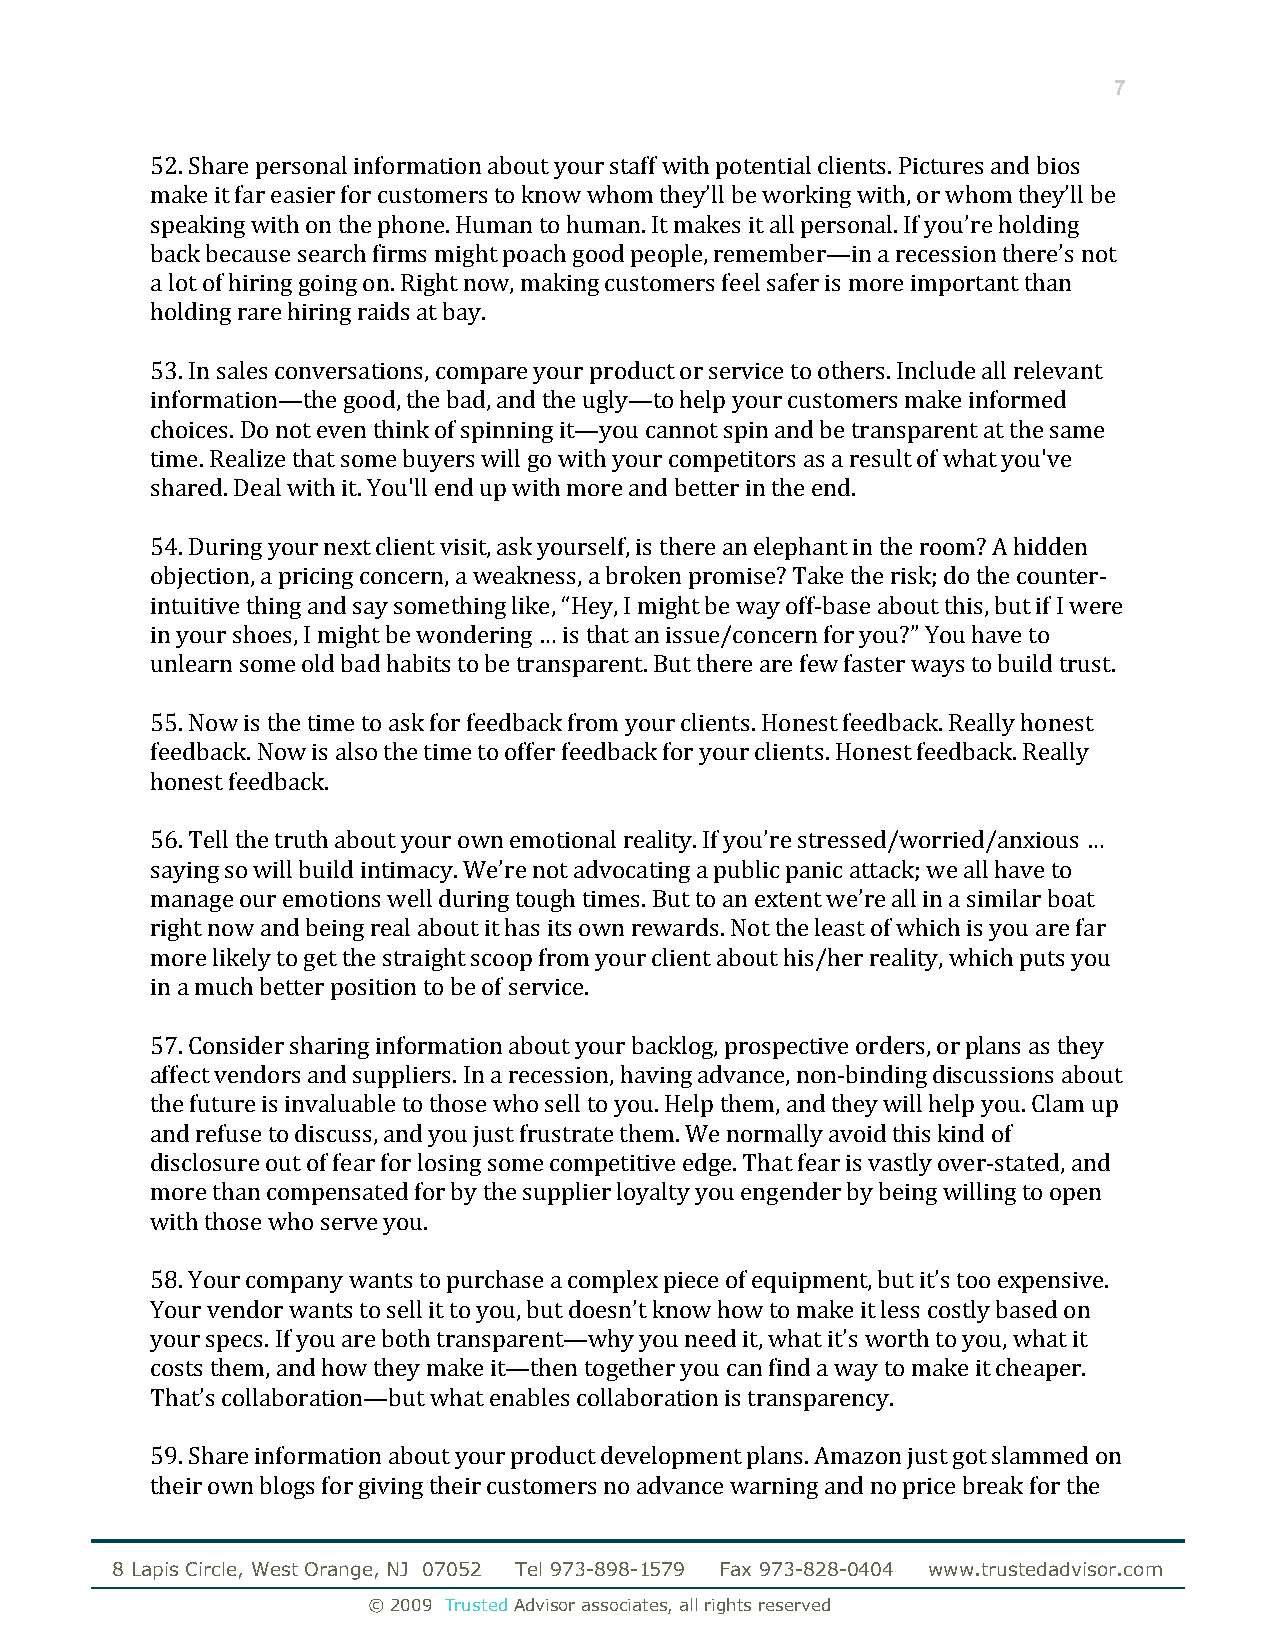
7
 52. Share personal information about your staff with potential clients. Pictures and bios
 make it far easier for customers to know whom they’ll be working with, or whom they’ll be
 speaking with on the phone. Human to human. It makes it all personal. If you’re holding
 back because search firms might poach good people, remember—in a recession there’s not
 a lot of hiring going on. Right now, making customers feel safer is more important than
 holding rare hiring raids at bay.
 53. In sales conversations, compare your product or service to others. Include all relevant
 information—the good, the bad, and the ugly—to help your customers make informed
 choices. Do not even think of spinning it—you cannot spin and be transparent at the same
 time. Realize that some buyers will go with your competitors as a result of what you've
 shared. Deal with it. You'll end up with more and better in the end.
 54. During your next client visit, ask yourself, is there an elephant in the room? A hidden
 objection, a pricing concern, a weakness, a broken promise? Take the risk; do the counter‐
 intuitive thing and say something like, “Hey, I might be way off‐base about this, but if I were
 in your shoes, I might be wondering … is that an issue/concern for you?” You have to
 unlearn some old bad habits to be transparent. But there are few faster ways to build trust.
 55. Now is the time to ask for feedback from your clients. Honest feedback. Really honest
 feedback. Now is also the time to offer feedback for your clients. Honest feedback. Really
 honest feedback.
 56. Tell the truth about your own emotional reality. If you’re stressed/worried/anxious …
 saying so will build intimacy. We’re not advocating a public panic attack; we all have to
 manage our emotions well during tough times. But to an extent we’re all in a similar boat
 right now and being real about it has its own rewards. Not the least of which is you are far
 more likely to get the straight scoop from your client about his/her reality, which puts you
 in a much better position to be of service.
 57. Consider sharing information about your backlog, prospective orders, or plans as they
 affect vendors and suppliers. In a recession, having advance, non‐binding discussions about
 the future is invaluable to those who sell to you. Help them, and they will help you. Clam up
 and refuse to discuss, and you just frustrate them. We normally avoid this kind of
 disclosure out of fear for losing some competitive edge. That fear is vastly over‐stated, and
 more than compensated for by the supplier loyalty you engender by being willing to open
 with those who serve you.
 58. Your company wants to purchase a complex piece of equipment, but it’s too expensive.
 Your vendor wants to sell it to you, but doesn’t know how to make it less costly based on
 your specs. If you are both transparent—why you need it, what it’s worth to you, what it
 costs them, and how they make it—then together you can find a way to make it cheaper.
 That’s collaboration—but what enables collaboration is transparency.
 59. Share information about your product development plans. Amazon just got slammed on
 their own blogs for giving their customers no advance warning and no price break for the
 8 Lapis Circle, West Orange, NJ 07052 Tel 973-898-1579 Fax 973-828-0404 www.trustedadvisor.com
 © 2009 Trusted Advisor associates, all rights reserved